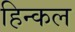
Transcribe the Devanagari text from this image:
हिन्कल